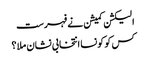
الیکشن کمیشن نے فہرست
کس کو کونسا انتخابی نشان ملا ؟